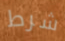
شرط